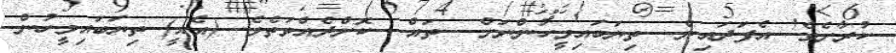
ކުރާށެވެ! އެފަދައިން  ތިޔަބައިމީހުންނަށް  ތައް  ކޮށްދެއްވަތެވެ. (އެއީ) ތިޔަބައިމީހުން